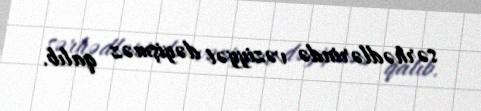
sərhədlərində vəziyyət dəyişməz qalıb.